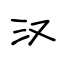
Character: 汉